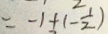
= - 1 + ( - \frac { 1 } { 2 } )